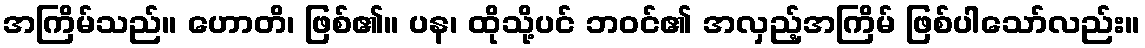
အကြိမ်သည်။ ဟောတိ၊ ဖြစ်၏။ ပန၊ ထိုသို့ပင် ဘဝင်၏ အလှည့်အကြိမ် ဖြစ်ပါသော်လည်း။